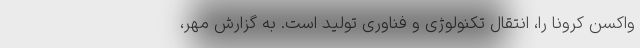
واکسن کرونا را، انتقال تکنولوژی و فناوری تولید است. به گزارش مهر،